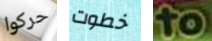
حركوا خطوت to